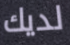
لديك